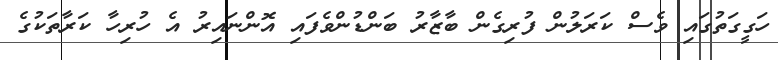
ހަގީގަތުގައި ވެސް ކަރަލުން ފުރިގެން ބާޒާރު ބަންޑުންވެފައި އޮންނައިރު އެ ހުރިހާ ކަރާތަކުގެ